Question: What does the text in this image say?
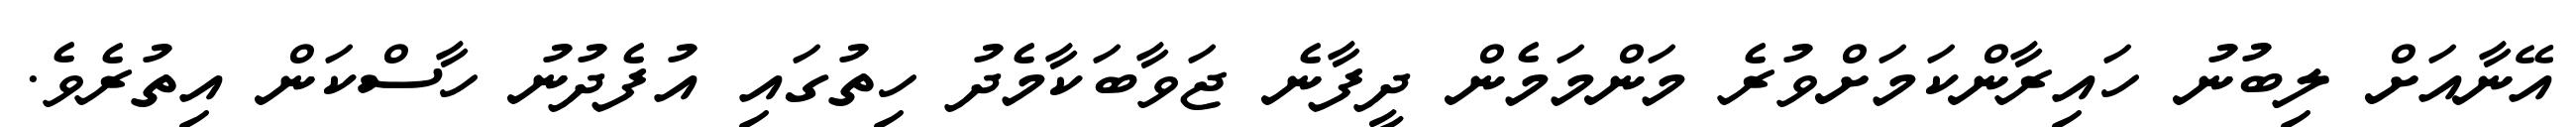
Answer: އޭނާއަށް ލިބުނު ހައިރާންކަމަށްވުރެ މަންމަމެން ދީފާނެ ޖަވާބަކާމެދު ހިތުގައި އުފެދުނު ހާސްކަން އިތުރެވެ.